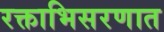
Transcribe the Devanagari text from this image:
रक्ताभिसरणात